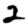
Digit: 2